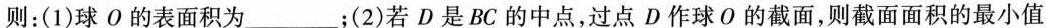
则：(1)球О的表面积为___；(2)若D是BC的中点，过点D作球O的截面，则截面面积的最小值